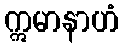
ဣမာနာဟံ